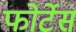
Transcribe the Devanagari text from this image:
फोर्टेस